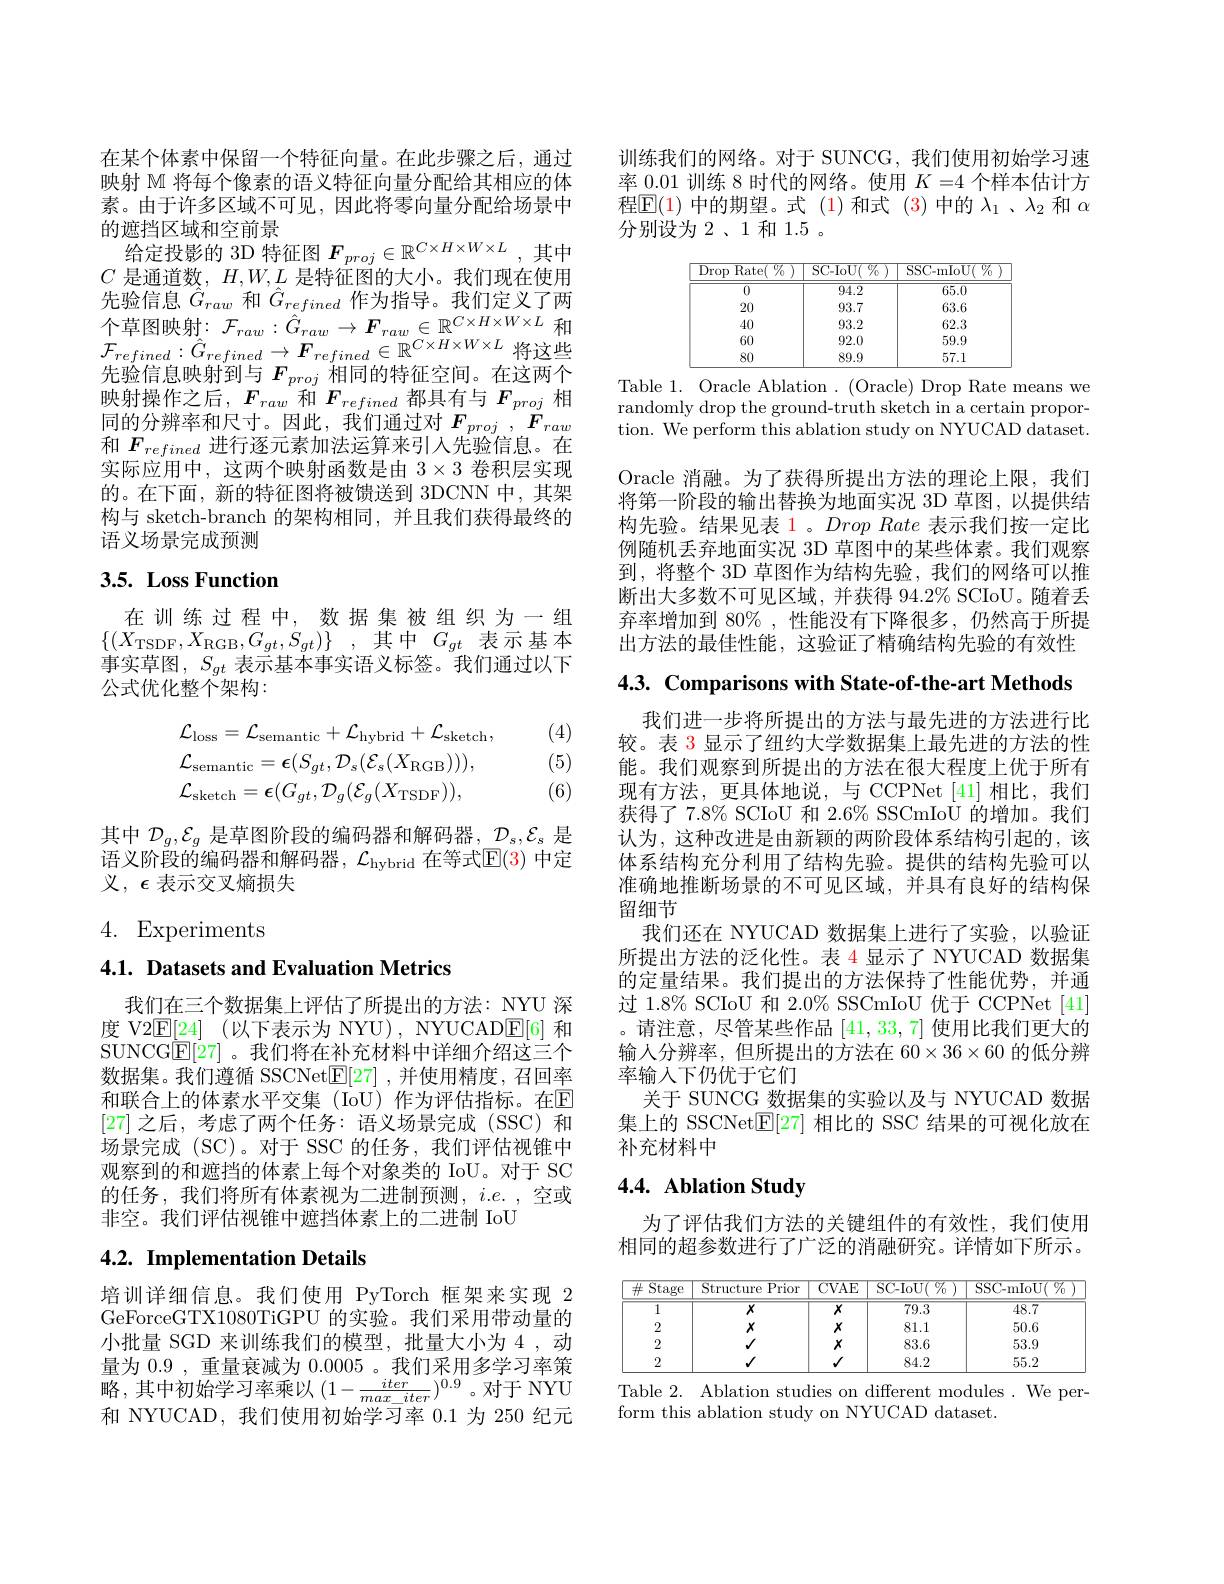
在某个体素中保留一个特征向量。在此步骤之后，通过映射 M 将每个像素的语义特征向量分配给其相应的体素。由于许多区域不可见，因此将零向量分配给场景中的 遮 挡 区 域 和 空 前 景 给 定 投 影 的 3D 特 征 图 $F_{proj}\in \mathbb{R} ^{C\times H\times W\times L}$,其 中 $C$ 目 通 消 数 $UWI$ 目 性 征 网 的 十 小 。并 们 却 在 使 用$C$是通道数，$H,W,L$是特征图的大小。我们现在使用先验信息$\hat{G}_{raw}$和$\hat{G}_{refined}$作为指导。我们定义了两个 草 图 映 射 : $\mathcal{F} _{raw}: \hat{G} _{raw}\to \boldsymbol{F}_{raw}\in \mathbb{R} ^{C\times H\times W\times L}$ 和 $\mathcal{F} _{refined}: \hat{G} _{refined}\to \boldsymbol{F}_{refined}\in \mathbb{R} ^{C\times H\times W\times L}$将 这 些 生 於 信 自 咖 曲 到 占 $\boldsymbol{E}_{\text{相 同 的 性 征 交 问 }}$ 在 这 而 众先验信息映射到与$F_{proj}$相同的特征空间。在这两个映射操作之后，$F_{raw}$和$F_{refined}$都具有与$F_{proj}$相同 的 分 辨 率 和 尺 寸 。因 此 , 我 们 通 过 对 $\boldsymbol{F}_{proj}$ , $\boldsymbol{F}_{raw}$ Tor 和$F_{refined}$进行逐元素加法运算来引人先验信息。在实际应用中，这两个映射函数是由$3\times3$卷积层实现的。在下面，新的特征图将被馈送到 3DCNN 中，其架构与 sketch-branch 的架构相同，并且我们获得最终的语义场景完成预测

# 3.5. Loss Function

在训练过程中，数据集被组织为一组$\{ ( X_{\mathrm{TSDF}}, X_{\mathrm{RGB}}, G_{gt}, S_{gt}) \}$ ,其中$G_gt$表示基本事实草图，$S_gt$表示基本事实语义标签。我们通过以下公式优化整个架构：

(4)

(5)
$$\mathcal{L}_{\mathrm{loss}}=\mathcal{L}_{\mathrm{semantic}}+\mathcal{L}_{\mathrm{hybrid}}+\mathcal{L}_{\mathrm{sketch}},\\\mathcal{L}_{\mathrm{semantic}}=\boldsymbol{\epsilon}(S_{gt},\mathcal{D}_{s}(\mathcal{E}_{s}(X_{\mathrm{RGB}}))),\\\mathcal{L}_{\mathrm{sketch}}=\boldsymbol{\epsilon}(G_{gt},\mathcal{D}_{g}(\mathcal{E}_{g}(X_{\mathrm{TSDF}})),$$
(6)

其中$\mathcal{D}_g,\mathcal{E}_g$是草图阶段的编码器和解码器$,\mathcal{D}_s,\mathcal{E}_s$是语义阶段的编码器和解码器，$\mathcal{L}_\mathrm{hybrid}$ 在等式$\mathbb{E}(3)$ 中定义，$\epsilon$表示交叉熵损失

# 4. Experiments

## 4.1. Datasets and Evaluation Metrics

我们在三个数据集上评估了所提出的方法：NYU 深度 V2$\mathbb{E} [ 24]$ (以下表示为 NYU), NYUCAD$\mathbb{E}[6]$ 和SUNCG$\underline{\mathrm{E}}[27]$ 。我们将在补充材料中详细介绍这三个数据集。我们遵循 SSCNet$\mathbb{E}[27]$ ,并使用精度，召回率和联合上的体素水平交集(IoU)作为评估指标。在$\mathbb{E}$ [27]之后，考虑了两个任务：语义场景完成(SSC)和场景完成 (SC)。对于 SSC 的任务，我们评估视锥中观察到的和遮挡的体素上每个对象类的 IoU。对于 SC 的任务，我们将所有体素视为二进制预测，$i.e.$,空或非空。我们评估视锥中遮挡体素上的二进制 IoU

# 4.2. Implementation Details

培训详细信息。我们使用 PyTorch 框架来实现 2 GeForceGTX1080TiGPU 的实验。我们采用带动量的小批量 SGD 来训练我们的模型，批量大小为 4 ,动量为 0.9 , 重量衰减为0.0005 。我们采用多学习率策略，其中初始学习率乘以$(1-\frac{iter}{max\_iter})^{0.9}$。对于 NYU 和 NYUCAD, 我们使用初始学习率0.1为 250 纪元

训练我们的网络。对于 SUNCG, 我们使用初始学习速率 0.01 训练 8 时代的网络。使用$K=4$个样本估计方程$\mathbb{E}(1)$中的期望。式 (1)和式 (3)中的$\lambda_1$ 、$\lambda_2$和$\alpha$ 分别设为 2、1 和 1.5 。

<table>
	<tbody>
		<tr>
			<th>Drop Rate</th>
			<th>SC- IoU(</th>
			<th>SSC-mIoU( $\%$</th>
		</tr>
		<tr>
			<td>0</td>
			<td>94.2</td>
			<td>65.0</td>
		</tr>
		<tr>
			<td>20</td>
			<td>93.7</td>
			<td>63.6</td>
		</tr>
		<tr>
			<td>40</td>
			<td>93.2</td>
			<td>62.3</td>
		</tr>
		<tr>
			<td>60</td>
			<td>92.0</td>
			<td>59.9</td>
		</tr>
		<tr>
			<td>80</td>
			<td>89.9</td>
			<td>57.1</td>
		</tr>
	</tbody>
</table>

Table 1. Oracle Ablation . (Oracle) Drop Rate means we randomly drop the ground-truth sketch in a certain proportion. We perform this ablation study on NYUCAD dataset.

Oracle 消融。为了获得所提出方法的理论上限，我们将第一阶段的输出替换为地面实况 3D 草图，以提供结构先验。结果见表 1。$Drop\textit{Rate 表 示 我 们 按 一 定 比 }$ 例随机丢弃地面实况 3D 草图中的某些体素。我们观察到，将整个 3D 草图作为结构先验，我们的网络可以推断出大多数不可见区域，并获得 94.2% SCIoU。随着丢弃率增加到 80%,性能没有下降很多，仍然高于所提出方法的最佳性能，这验证了精确结构先验的有效性

4.3. Comparisons with State-of-the-art Methods

我们进一步将所提出的方法与最先进的方法进行比较。表 3 显示了纽约大学数据集上最先进的方法的性能。我们观察到所提出的方法在很大程度上优于所有现有方法，更具体地说，与 CCPNet[41]相比，我们获得了 7.8% SCIoU 和 2.6% SSCmIoÜ 的增加。我们认为，这种改进是由新颖的两阶段体系结构引起的，该体系结构充分利用了结构先验。提供的结构先验可以淮确地推断场景的不可见区域，并具有良好的结构保留细节
我们还在 NYUCAD 数据集上进行了实验，以验证所提出方法的泛化性。表 4 显示了 NYUCAD 数据集的定量结果。我们提出的方法保持了性能优势，并通过 1.8% SCIoU 和 2.0% SSCmIoU 优于 CCPNet[41] 。请注意，尽管某些作品[41,33,7]使用比我们更大的输人分辨率，但所提出的方法在 60$\times36\times60$的低分辨率输人下仍优于它们
关于 SUNCG\_数据集的实验以及与 NYUCAD 数据集上的 SSCNet$\mathbb{E}[27]$相比的 SSC 结果的可视化放在补充材料中

# 4.4. Ablation Study

为了评估我们方法的关键组件的有效性，我们使用相同的超参数进行了广泛的消融研究。详情如下所示。

<table>
	<tbody>
		<tr>
			<th>$\#$Stage</th>
			<th>Structure ${\mathrm{Prior}}$</th>
			<th>$\overline{\mathrm{CVAE}}$</th>
			<th>$\operatorname{SC-IoU}($ $(77_0$</th>
			<th>$\operatorname{SSC-mIoU}($ $\%$</th>
		</tr>
		<tr>
			<td>$\overline{1}$</td>
			<td>$\overline{X}$</td>
			<td>$\overline{X}$</td>
			<td>$\overline{79.3}$</td>
			<td>48.7</td>
		</tr>
		<tr>
			<td>2</td>
			<td>$X$</td>
			<td>$X$</td>
			<td>81.1</td>
			<td>50.6</td>
		</tr>
		<tr>
			<td>2</td>
			<td>$√$</td>
			<td>$X$</td>
			<td>83.6</td>
			<td>53.9</td>
		</tr>
		<tr>
			<td>2</td>
			<td>$√$</td>
			<td>$√$</td>
			<td>84.2</td>
			<td>55.2</td>
		</tr>
	</tbody>
</table>

Table 2. Ablation studies on different modules. We per-
form this ablation study on NYUCAD dataset.